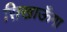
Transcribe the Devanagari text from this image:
सिखाऊँगा